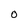
Character: O